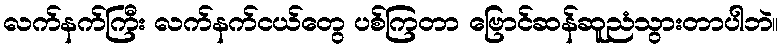
လက်နက်ကြီး လက်နက်ငယ်တွေ ပစ်ကြတာ ဗြောင်ဆန်ဆူညံသွားတာပါဘဲ။